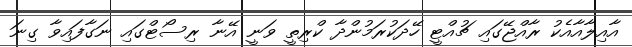
އާއިލާއާއެކު ރާއްޖޭގައި ޗުއްޓީ ހޭދަކުރަމުންދާ ކްރިތީ ވަނީ އޭނާ ރިސޯޓްގައި ނަގާފައިވާ ގިނަ